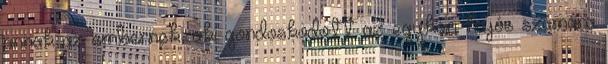
annak az embernek, aki gondoskodott az egykori hajós számára